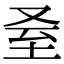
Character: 𦤵